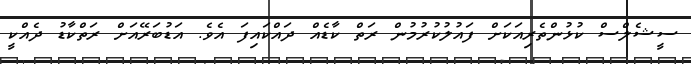
ސީޝެލްސް ކުޅުންތެރިއަކަށް ފައުލުކުރުމުން ރަތް ކާޑެއް ދައްކައިފަ އެވެ. އަޑުބަރޭއަށް ރަތްކާޑު ދެއްކީ